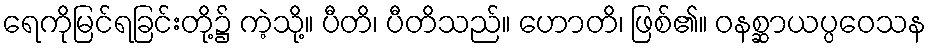
ရေကိုမြင်ရခြင်းတို့၌ ကဲ့သို့။ ပီတိ၊ ပီတိသည်။ ဟောတိ၊ ဖြစ်၏။ ဝနစ္ဆာယပ္ပဝေသန